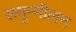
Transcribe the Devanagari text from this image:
समुन्मीलन